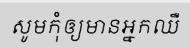
សូមកុំឲ្យមានអ្នកឈឺ